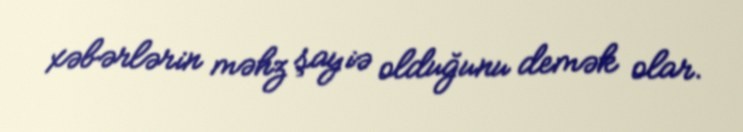
xəbərlərin məhz şayiə olduğunu demək olar.